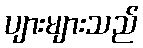
ပျားများသည်